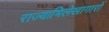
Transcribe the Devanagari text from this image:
राज्याभिलेखागारों